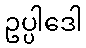
ဥပ္ပါဒေါ